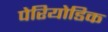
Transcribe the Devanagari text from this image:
पेरियोडिक